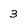
Character: 3